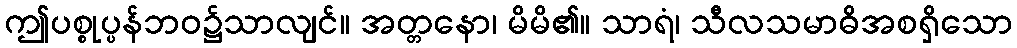
ဤပစ္စုပ္ပန်ဘဝ၌သာလျင်။ အတ္တနော၊ မိမိ၏။ သာရံ၊ သီလသမာဓိအစရှိသော